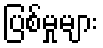
ပြစ်မှုများ